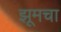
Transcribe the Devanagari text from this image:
झूमचा